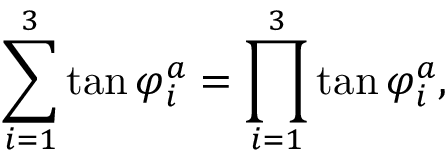
\sum _ { i = 1 } ^ { 3 } \tan \varphi _ { i } ^ { a } = \prod _ { i = 1 } ^ { 3 } \tan \varphi _ { i } ^ { a } ,